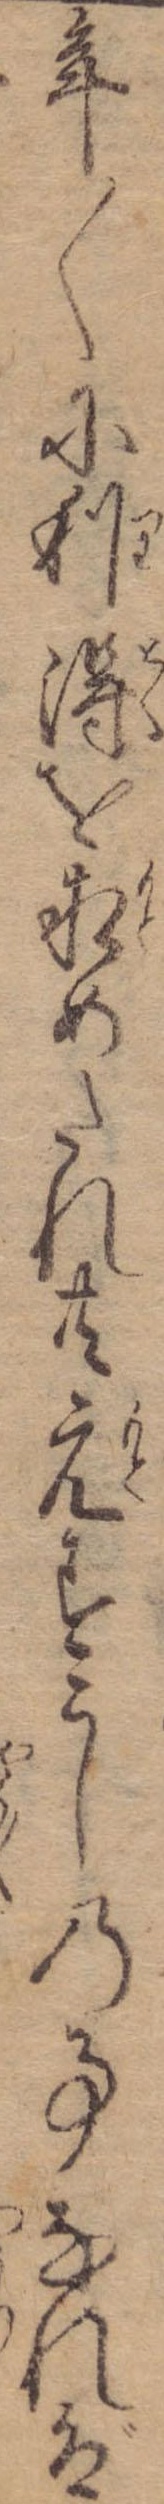
年〱に利得を求めたれ共元すこしの事なれば